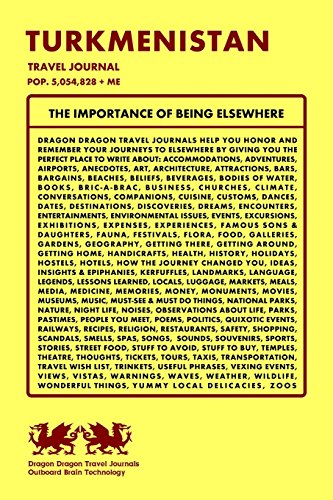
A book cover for Turkmenistan Travel Journal, Pop. 5,054,828 + Me; Dragon Dragon Travel Journals; Travel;